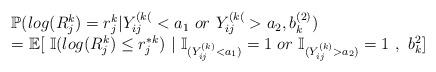
LaTeX: \begin{align*} \begin{array}{l} \mathbb{P}(log(R_{j}^{k})=r_{j}^{k}| Y_{ij}^{(k(}< a_1~ or ~ Y_{ij}^{(k(}> a_2, b_k^{(2)}) \\ = \mathbb{E}[ ~ \mathbb{I}(log(R_{j}^{k})\le r_{j}^{*k}) ~ \vert ~ \mathbb{I}_{(Y_{ij}^{(k)}< a_1)} =1 ~ or ~ \mathbb{I}_{(Y_{ij}^{(k)}> a_2)} = 1 ~,~ b_{k}^{2} ] \end{array}\end{align*}